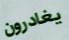
يغادرون